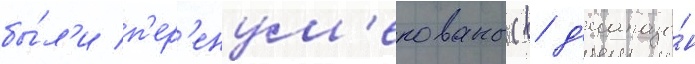
бы́л'и п'ер'енум'ерованы (в д'иапазо́н